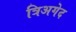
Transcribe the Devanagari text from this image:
त्रिअगेद